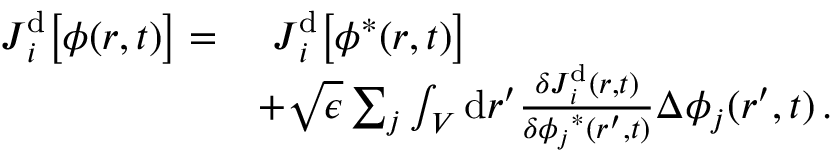
\begin{array} { r l } { \boldsymbol { J } _ { i } ^ { \mathrm { d } } \big [ { \phi } ( \boldsymbol { r } , t ) \big ] = } & { ~ \boldsymbol { J } _ { i } ^ { \mathrm { d } } \big [ { \phi } ^ { * } ( \boldsymbol { r } , t ) \big ] } \\ & { + \sqrt { \epsilon } \sum _ { j } \int _ { V } \mathrm { d } \boldsymbol { r } ^ { \prime } \frac { \delta \boldsymbol { J } _ { i } ^ { \mathrm { d } } ( \boldsymbol { r } , t ) } { \delta { \phi _ { j } } ^ { * } ( \boldsymbol { r } ^ { \prime } , t ) } { \Delta \phi _ { j } } ( \boldsymbol { r } ^ { \prime } , t ) \, . } \end{array}